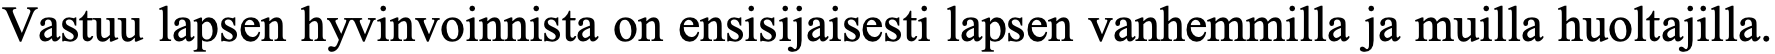
Vastuu lapsen hyvinvoinnista on ensisijaisesti lapsen vanhemmilla ja muilla huoltajilla.